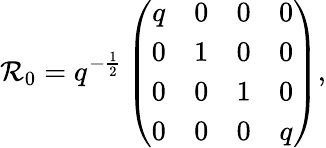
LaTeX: {\cal R}_{0}=q^{-\frac 12}\left(\begin{array}{cccc}{{q}}&{{0}}&{{0}}&{{0}}\\ {{0}}&{{1}}&{{0}}&{{0}}\\ {{0}}&{{0}}&{{1}}&{{0}}\\ {{0}}&{{0}}&{{0}}&{{q}}\end{array}\right),